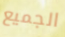
الجميع